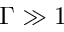
\Gamma \gg 1